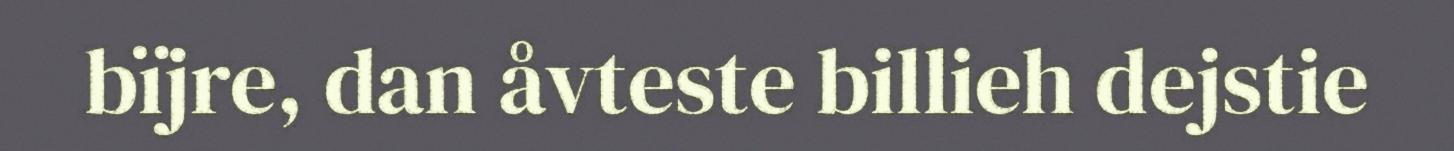
bïjre, dan åvteste billieh dejstie